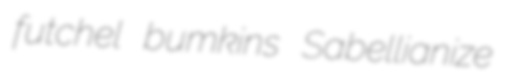
futchel bumkins Sabellianize